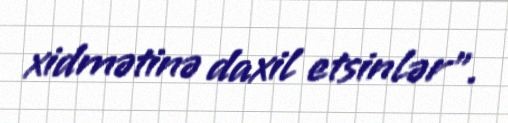
xidmətinə daxil etsinlər”.